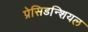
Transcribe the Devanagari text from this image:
प्रेसिडन्शियल